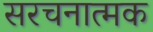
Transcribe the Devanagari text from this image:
सरचनात्मक